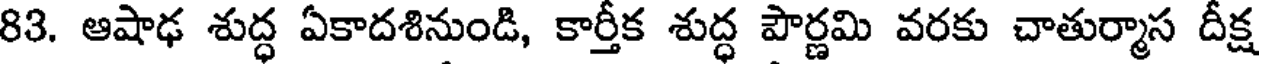
83. ఆషాఢ శుద్ధ ఏకాదశినుండి, కార్తీక శుద్ధ పౌర్ణమి వరకు చాతుర్మాస దీక్ష